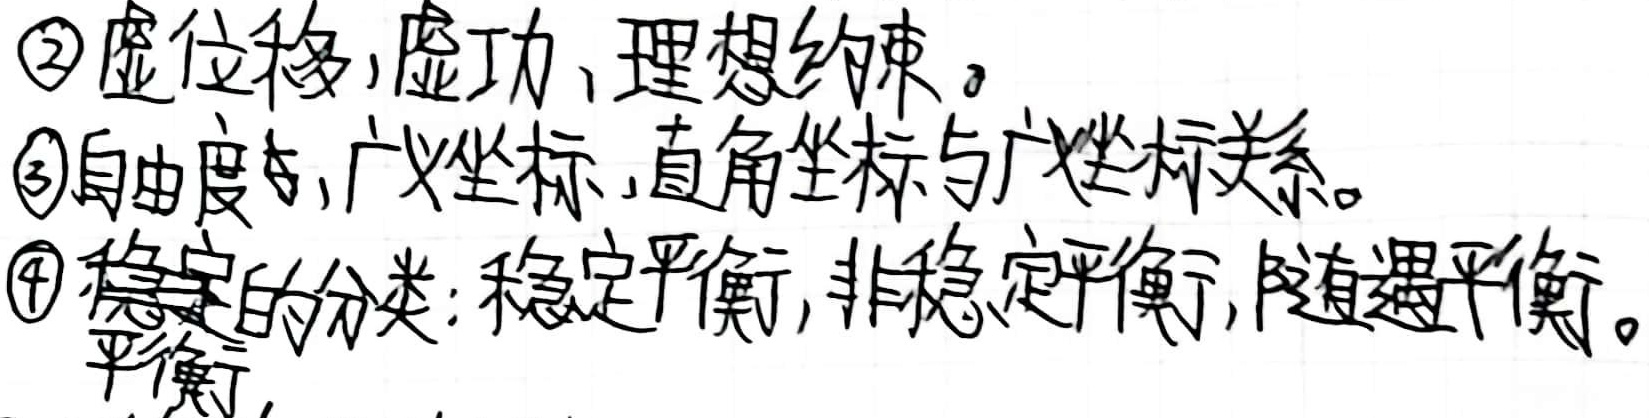
\textcircled{2} 虚位移，虚功，理想约束。

\textcircled{3} 自由度，广义坐标，直角坐标与广义坐标关系。

\textcircled{4} 稳定的分类：稳定平衡，非稳定平衡，随遇平衡。